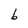
Character: b